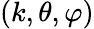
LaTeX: (k,\theta,\varphi)